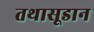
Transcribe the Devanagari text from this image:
तथासूडान